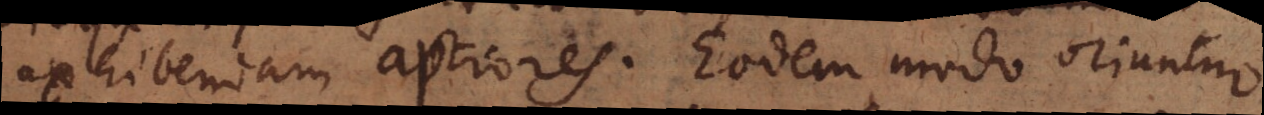
exhibendam aptiores. Eodem modo oriuntur